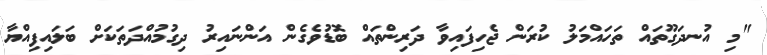
"މި އުނދަގޫތައް ތަހައްމަލު ކުރަން ޖެހިފައިވާ ދަރިންތައް ބޮޑުވެގެން އަންނައިރު ދިގުމުއްދަތަކަށް ބަލައިފިއްޔާ